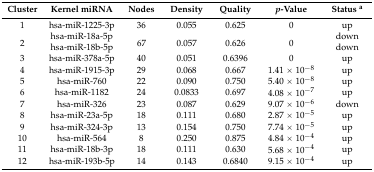
| Cluster | Kernel miRNA | Nodes | Density | Quality | p-Value | Status a |
 | --- | --- | --- | --- | --- | --- | --- |
 | 1 | hsa-miR-1225-3p | 36 | 0.055 | 0.625 | 0 | up |
 | <ROWSPAN=2> 2 | hsa-miR-18a-5p | <ROWSPAN=2> 67 | <ROWSPAN=2> 0.057 | <ROWSPAN=2> 0.626 | <ROWSPAN=2> 0 | down |
 | hsa-miR-18b-5p | down |
 | 3 | hsa-miR-378a-5p | 40 | 0.051 | 0.6396 | 0 | up |
 | 4 | hsa-miR-1915-3p | 29 | 0.068 | 0.667 | 1.41 × 10−8 | up |
 | 5 | hsa-miR-760 | 22 | 0.090 | 0.750 | 5.40 × 10−8 | up |
 | 6 | hsa-miR-1182 | 24 | 0.0833 | 0.697 | 4.08 × 10−7 | up |
 | 7 | hsa-miR-326 | 23 | 0.087 | 0.629 | 9.07 × 10−6 | down |
 | 8 | hsa-miR-23a-5p | 18 | 0.111 | 0.680 | 2.87 × 10−5 | up |
 | 9 | hsa-miR-324-3p | 13 | 0.154 | 0.750 | 7.74 × 10−5 | up |
 | 10 | hsa-miR-564 | 8 | 0.250 | 0.875 | 4.84 × 10−4 | up |
 | 11 | hsa-miR-18b-3p | 18 | 0.111 | 0.630 | 5.68 × 10−4 | up |
 | 12 | hsa-miR-193b-5p | 14 | 0.143 | 0.6840 | 9.15 × 10−4 | up |